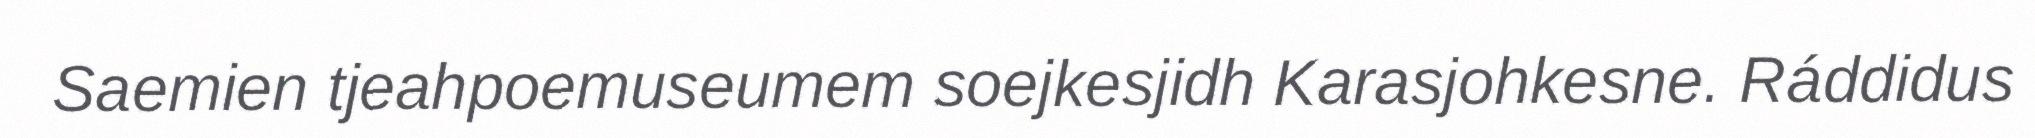
Saemien tjeahpoemuseumem soejkesjidh Karasjohkesne. Ráddidus